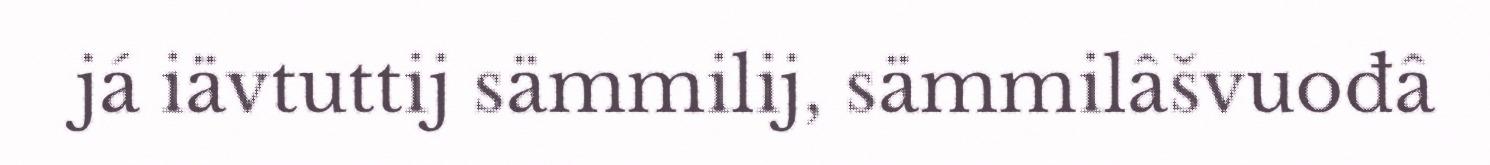
já iävtuttij sämmilij, sämmilâšvuođâ